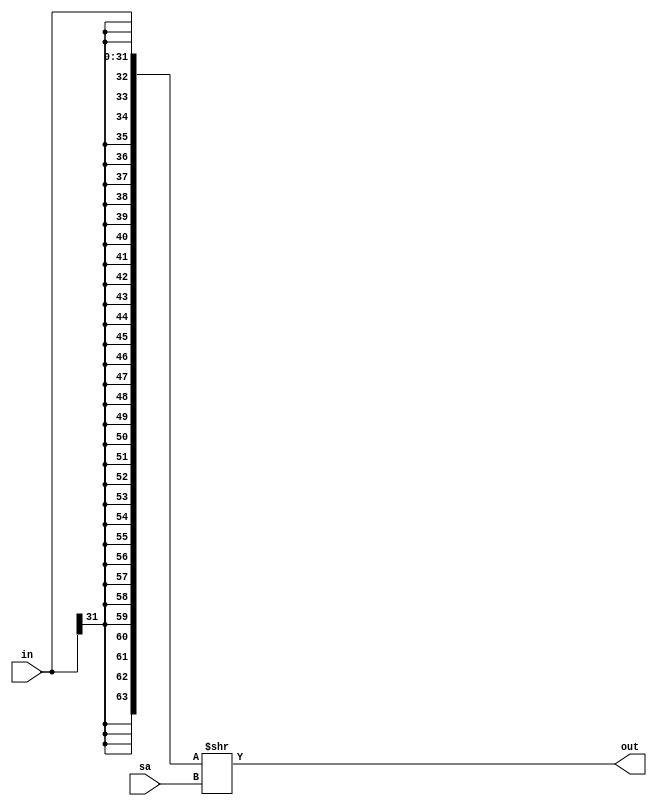
module shifter_right_arith(
    input  [31:0] in,
    input  [ 4:0] sa,   //shift amount
    output [31:0] out
);

wire [63:0] sr64_res;

assign sr64_res = {{32{in[31]}}, in[31:0]} >> sa;

assign out = sr64_res[31:0];

endmodule